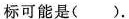
标可能是().